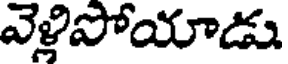
వెళ్లిపోయాడు